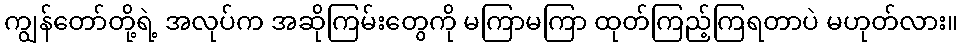
ကျွန်တော်တို့ရဲ့ အလုပ်က အဆိုကြမ်းတွေကို မကြာမကြာ ထုတ်ကြည့်ကြရတာပဲ မဟုတ်လား။